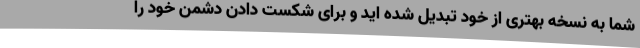
شما به نسخه بهتری از خود تبدیل شده اید و برای شکست دادن دشمن خود را